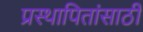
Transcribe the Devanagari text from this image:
प्रस्थापितांसाठी